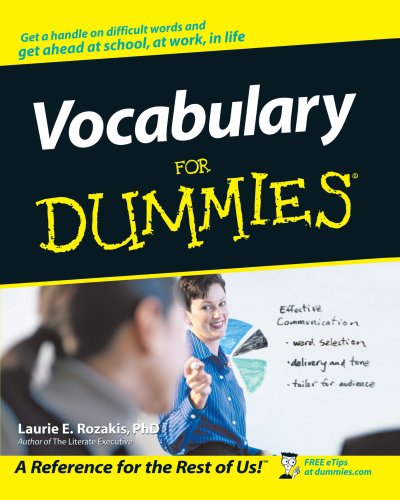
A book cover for Vocabulary For Dummies; Laurie E. Rozakis; Reference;